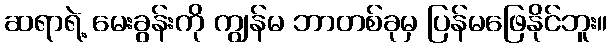
ဆရာရဲ့ မေးခွန်းကို ကျွန်မ ဘာတစ်ခုမှ ပြန်မဖြေနိုင်ဘူး။